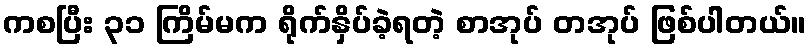
ကစပြီး ၃၁ ကြိမ်မက ရိုက်နှိပ်ခဲ့ရတဲ့ စာအုပ် တအုပ် ဖြစ်ပါတယ်။